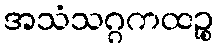
အသံသဂ္ဂကထဉ္စ